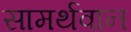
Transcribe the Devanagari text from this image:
सामर्थवान